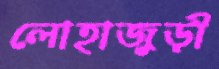
লোহাজুড়ী